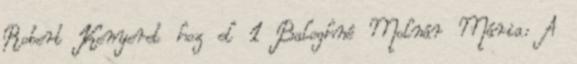
Robert Kenyeret hoz el 1 Baloghné Molnár Mária: A